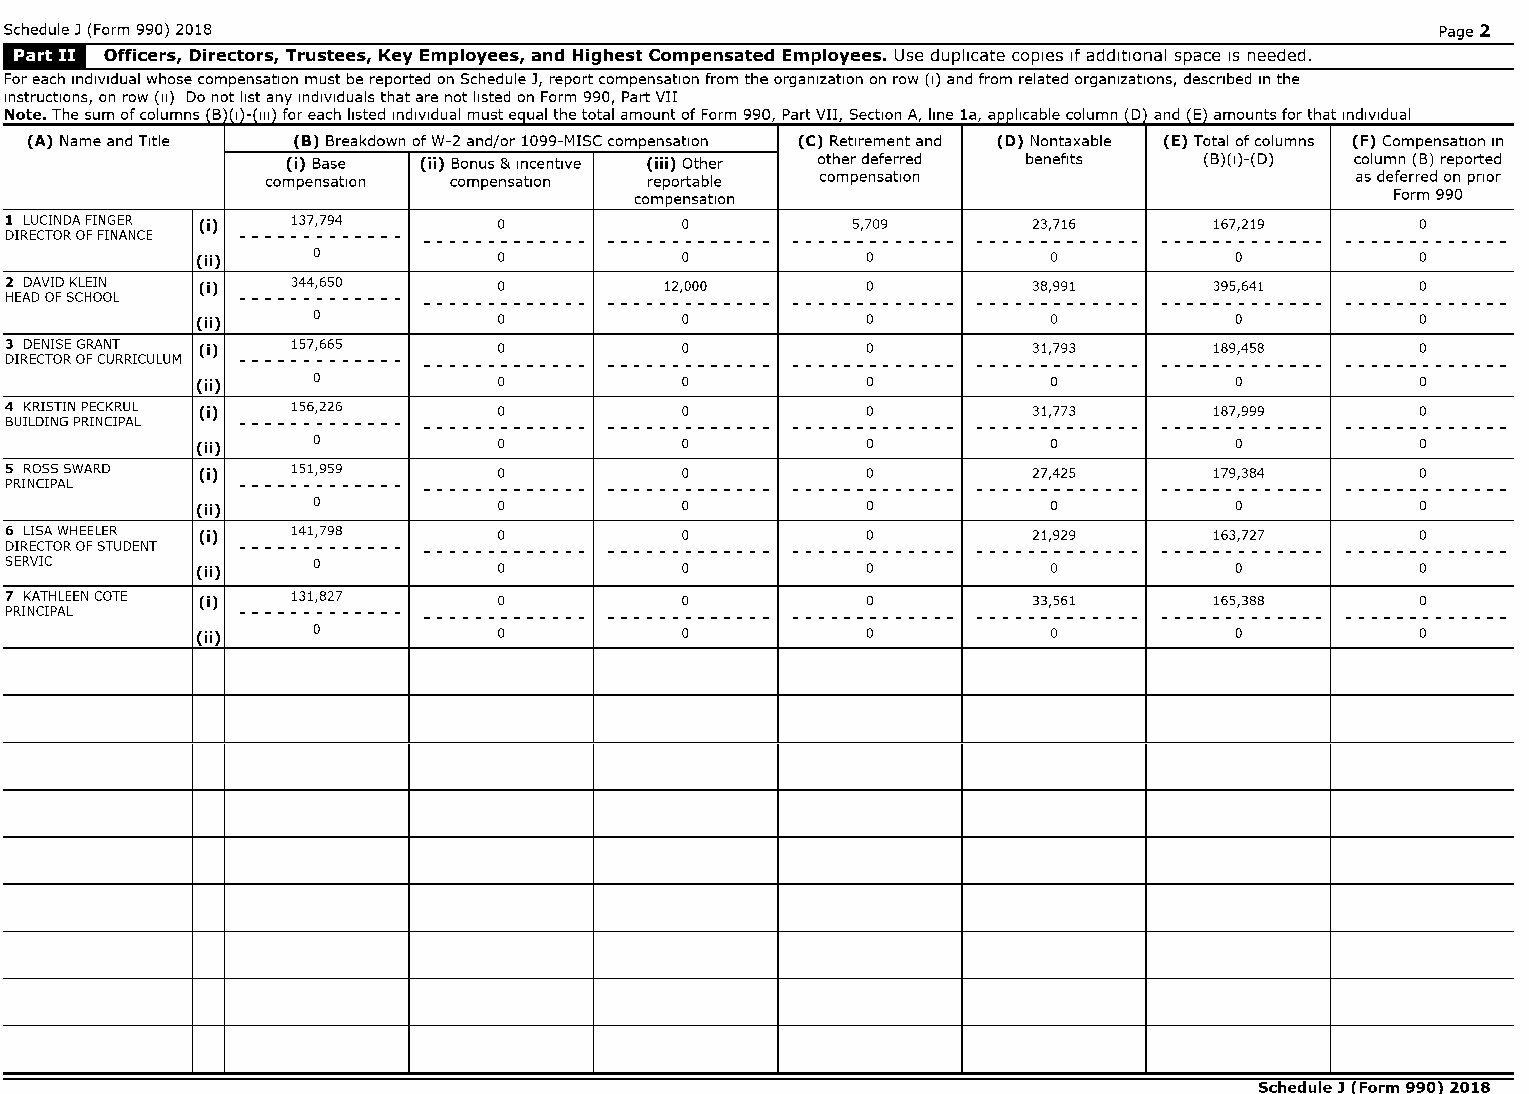
'S@ched'u"le J (Form 990) 2018                                                                 Page 2
 Officers, Directors, Trustees, Key Employees, and Highest Compensated Employees. Use duplicate copies If additional space IS needed.
 For each individual whose compensation must be reported on Schedule J, report compensation from the organization on row (I) and from related organizations, described In the
 instructions, on row (II) Do not list any individuals that are not listed on Form 990, Part VII
 Note. The sum of columns (B 1(1)-(111) for each listed individual must equal the total amount of Form 990, Part VII, Section A, line la, applicable column (D and (E) amounts for that individual
 (A) Name and Title (8) Breakdown of W-2 and/or 1099-MISC compensation (C) Retirement and (D) Nontaxable (E) Total of columns (F) Compensation In
 (i) Base (ii) Bonus & incentive (iii) Other other deferred benefits (B)(I)-(D) column (B) reported
 compensation compensation reportable compensation                       as deferred on prior
 compensation                                      Form 990
 1 LUCINDA FINGER (i) 137,794     0           0          5,709       23,716      167,219       0
 DIRECTOR OF FINANCE ------------- ------------- ------------- ------------- ------------- ------------- -------------
 (ii)    0           0           0           0           0            0           0
 2 DAVID KLEIN (i)  344,650       0          12,000       0          38,991      395,641       0
 HEAD OF SCHOOL  ------------- ------------- ------------- ------------- ------------- ------------- -------------
 (ii)    0           0           0           0           0            0           0
 3 DENISE GRANT (i) 157,665       0           0           0          31,793      189,458       0
 DIRECTOR OF CURRICULUM ------------- ------------- ------------- ------------- ------------- ------------- -------------
 (ii)    0           0           0           0           0            0           0
 4 KRISTIN PECKRUL (i) 156,226    0           0           0          31,773      187,999       0
 BUILDING PRINCIPAL ------------- ------------- ------------- ------------- ------------- ------------- -------------
 (ii)    0           0           0           0           0            0           0
 5 ROSS SWARD (i)   151,959       0           0           0          27,425      179,384       0
 PRINCIPAL       ------------- ------------- ------------- ------------- ------------- ------------- -------------
 (ii)    0           0           0           0           0            0           0
 6 LISA WHEELER (i) 141,798       0           0           0          21,929      163,727       0
 DIRECTOR OF STUDENT ------------- ------------- ------------- ------------- ------------- ------------- -------------
 SERVIC       (ii)    0           0           0           0           0            0           0
 7 KATHLEEN COTE (i) 131,827      0           0           0          33,561      165,388       0
 PRINCIPAL       ------------- ------------- ------------- ------------- ------------- ------------- -------------
 (ii)    0           0           0           0           0            0           0